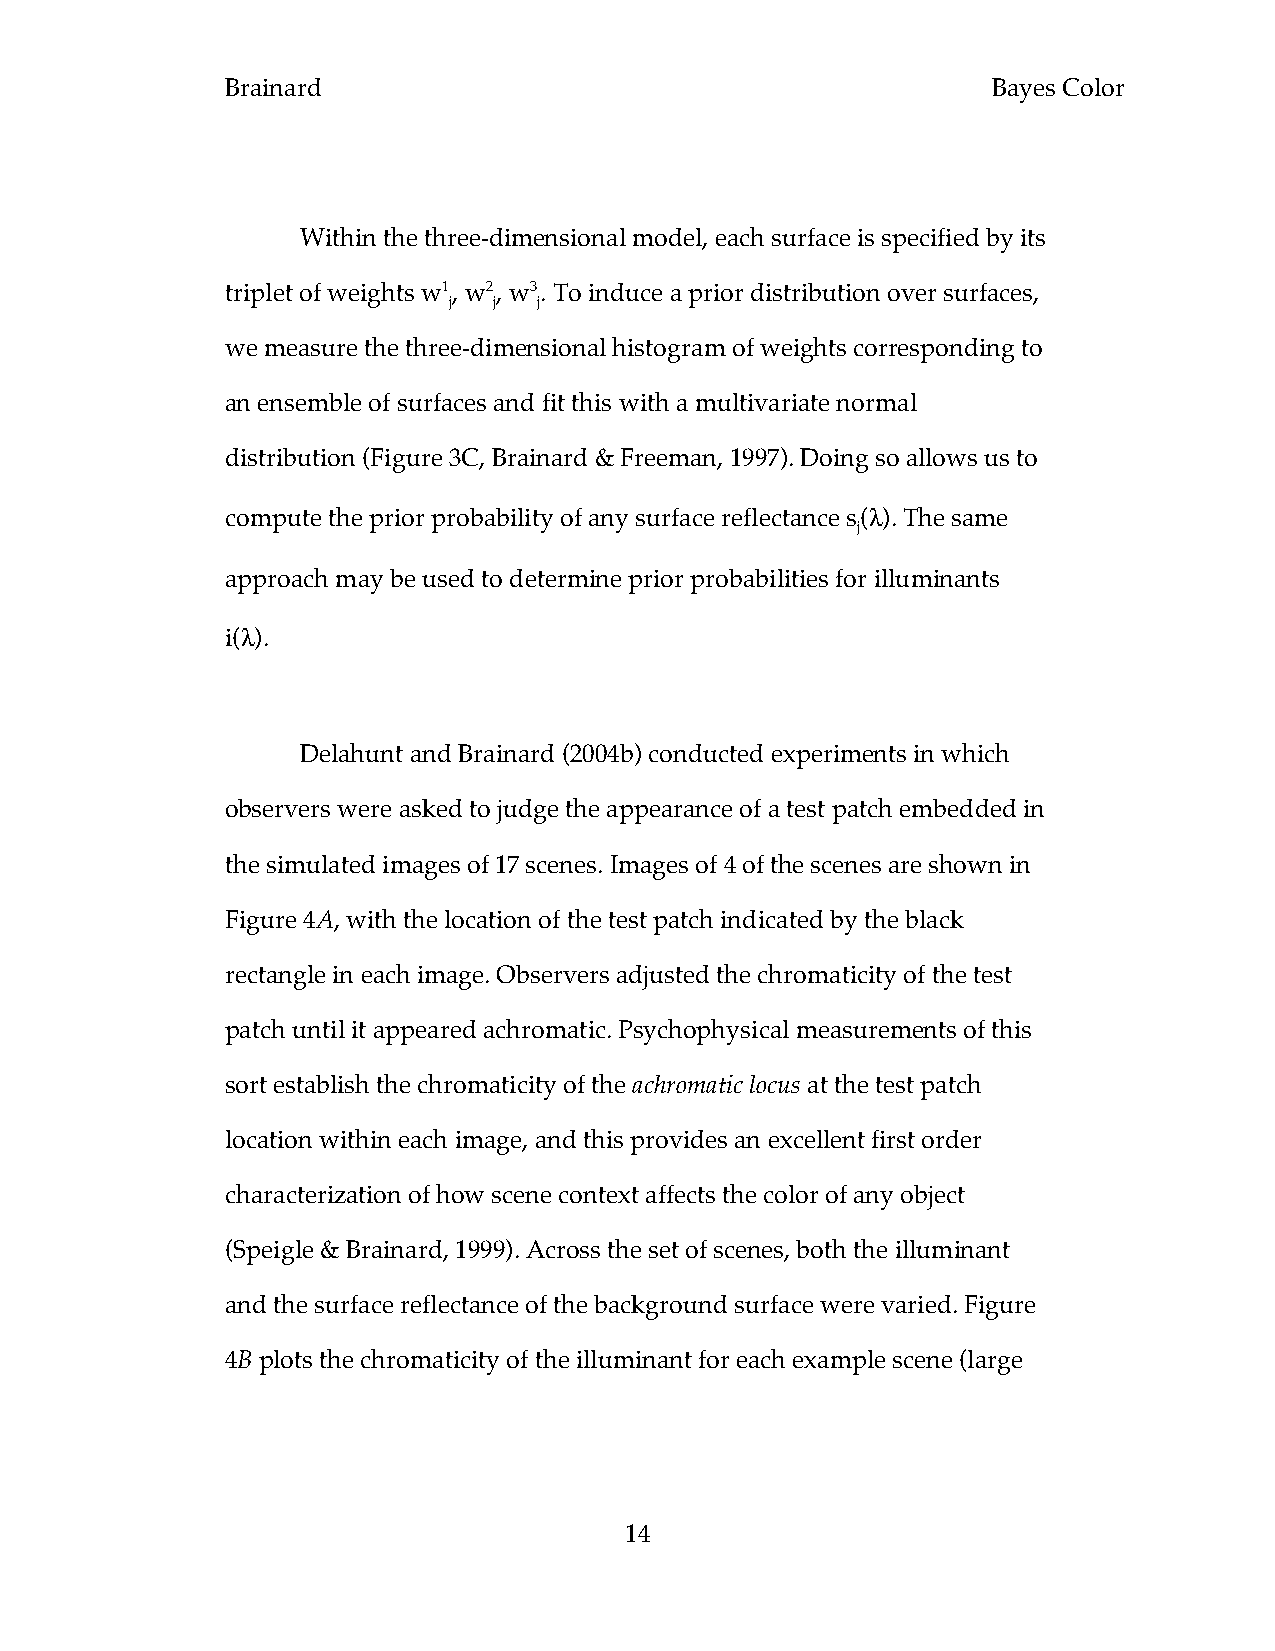
Brainard                                           Bayes Color
 Within the three-dimensional model, each surface is specified by its
 triplet of weights w1, w2, w3. To induce a prior distribution over surfaces,
 j  j  j
 we measure the three-dimensional histogram of weights corresponding to
 an ensemble of surfaces and fit this with a multivariate normal
 distribution (Figure 3C, Brainard & Freeman, 1997). Doing so allows us to
 compute the prior probability of any surface reflectance s(λ). The same
 j
 approach may be used to determine prior probabilities for illuminants
 i(λ).
 Delahunt and Brainard (2004b) conducted experiments in which
 observers were asked to judge the appearance of a test patch embedded in
 the simulated images of 17 scenes. Images of 4 of the scenes are shown in
 Figure 4A, with the location of the test patch indicated by the black
 rectangle in each image. Observers adjusted the chromaticity of the test
 patch until it appeared achromatic. Psychophysical measurements of this
 sort establish the chromaticity of the achromatic locus at the test patch
 location within each image, and this provides an excellent first order
 characterization of how scene context affects the color of any object
 (Speigle & Brainard, 1999). Across the set of scenes, both the illuminant
 and the surface reflectance of the background surface were varied. Figure
 4B plots the chromaticity of the illuminant for each example scene (large
 14